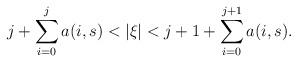
LaTeX: \begin{align*}j+\sum_{i=0}^j a(i,s) < |\xi| < j+1+\sum_{i=0}^{j+1} a(i,s).\end{align*}